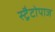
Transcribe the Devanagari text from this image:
स्ट्रैटोपाज